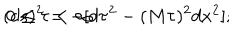
LaTeX: ( d s ) ^ { 2 } = - [ d \tau ^ { 2 } - ( M \tau ) ^ { 2 } d x ^ { 2 } ] ; \hspace { 0 . 3 c m } 0 \le \tau < \infty